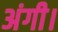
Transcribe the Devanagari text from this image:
अंगी।